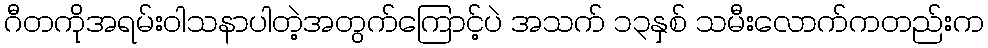
ဂီတကိုအရမ်းဝါသနာပါတဲ့အတွက်ကြောင့်ပဲ အသက် ၁၃နှစ် သမီးလောက်ကတည်းက